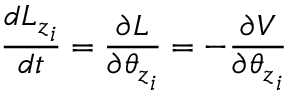
{ \frac { d { L _ { z } } _ { i } } { d t } } = { \frac { \partial { \cal { L } } } { \partial { { \theta _ { z } } _ { i } } } } = - { \frac { \partial V } { \partial { { \theta _ { z } } _ { i } } } }